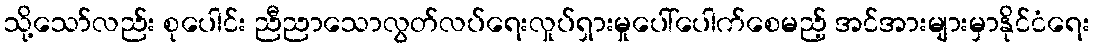
သို့သော်လည်း စုပေါင်း ညီညာသောလွတ်လပ်ရေးလှုပ်ရှားမှုပေါ်ပေါက်စေမည့် အင်အားများမှာနိုင်ငံရေး